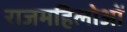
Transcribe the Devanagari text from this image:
राजमहिलोओं